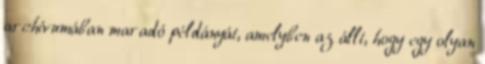
archívumában maradó példányát, amelyben az állt, hogy egy olyan